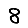
Digit: 8